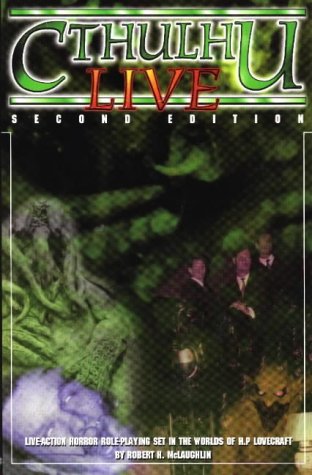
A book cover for Cthulhu Live: Second Edition; Robert H. McLaughlin; Science Fiction & Fantasy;